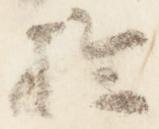
於